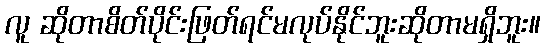
လူ ဆိုတာစိတ်ပိုင်းဖြတ်ရင်မလုပ်နိုင်ဘူးဆိုတာမရှိဘူး။